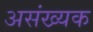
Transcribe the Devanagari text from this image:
असंख्यक